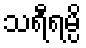
သရီရမ္ပိ